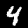
Label: 4